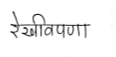
मजकूर: रेखीवपणा